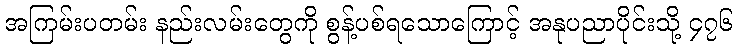
အကြမ်းပတမ်း နည်းလမ်းတွေကို စွန့်ပစ်ရသောကြောင့် အနုပညာပိုင်းသို့ ၄၇၆